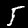
Digit: 5